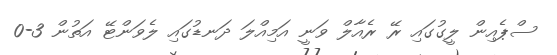
ސްޕެއިން ލީގުގައި ރޭ ރެއާލް ވަނީ އަމިއްލަ ދަނޑުގައި ލެވަންޓޭ އަތުން 3-0